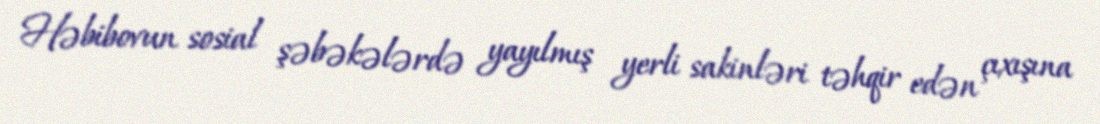
Həbibovun sosial şəbəkələrdə yayılmış yerli sakinləri təhqir edən çıxışına